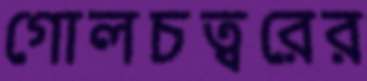
গোলচত্বরের